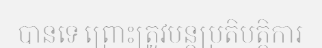
បានទេ ព្រោះត្រូវបន្តប្រតិបត្តិការ